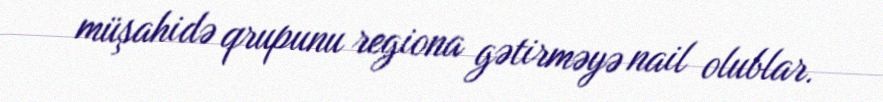
müşahidə qrupunu regiona gətirməyə nail olublar.